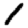
Digit: 1